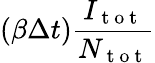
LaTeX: (\beta\Delta t)\frac{I_{\mathrm{~t~o~t~}}}{N_{\mathrm{~t~o~t~}}}